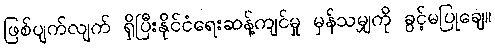
ဖြစ်ပျက်လျက် ရှိပြီးနိုင်ငံရေးဆန့်ကျင်မှု မှန်သမျှကို ခွင့်မပြုချေ။